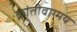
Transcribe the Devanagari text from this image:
क्रांतीवाग्मय